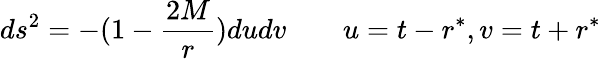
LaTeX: ds^{2}=-(1-{\frac{2M}{r}})dudv\qquad u=t-r^{*},v=t+r^{*}